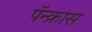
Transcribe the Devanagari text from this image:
पॅन्क्रास